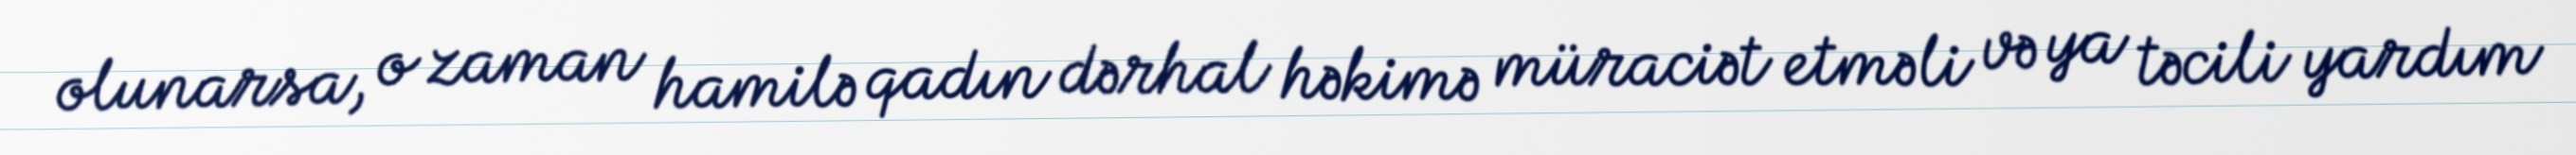
olunarsa, o zaman hamilə qadın dərhal həkimə müraciət etməli və ya təcili yardım